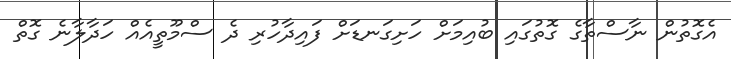
އެގޮތުން ނާސްތާގެ ގޮތުގައި ބުއިމަށް ހަށިގަނޑަށް ފައިދާހުރި ދެ ސްމޫތީއެއް ހަދާލާނެ ގޮތް